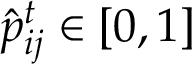
\hat { p } _ { i j } ^ { t } \in [ 0 , 1 ]